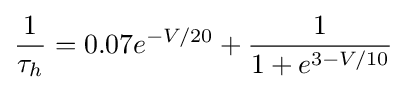
{\frac {1}{\tau _{h}}}=0.07e^{-V/20}+{\frac {1}{1+e^{3-V/10}}}